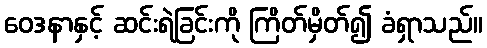
ဝေဒနာနှင့် ဆင်းရဲခြင်းကို ကြိတ်မှိတ်၍ ခံရှာသည်။